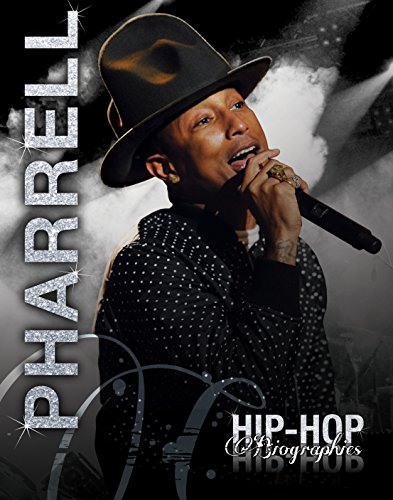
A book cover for Pharrell Williams (Hip-Hop Biographies); Saddleback Educational Publishing; Teen & Young Adult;